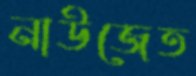
নাউজেত